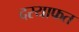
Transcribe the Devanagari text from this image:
दरयाफत